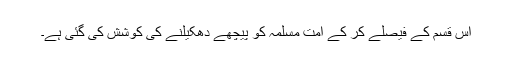
اس قسم کے فیصلے کر کے امت مسلمہ کو پیچھے دھکیلنے کی کوشش کی گئی ہے۔